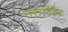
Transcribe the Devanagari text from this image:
लागंल